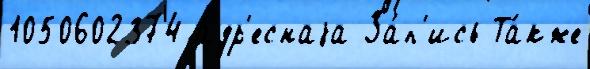
1050602374 а́др'еснаjа За́п'ись Та́кже